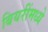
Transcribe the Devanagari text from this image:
बियरींमध्ये